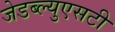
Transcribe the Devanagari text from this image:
जेडब्ल्युएसटी